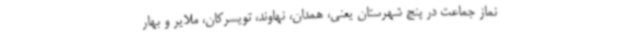
نماز جماعت در پنج شهرستان یعنی، همدان، نهاوند، تویسرکان، ملایر و بهار